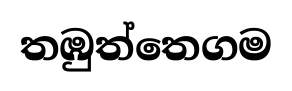
තඹුත්තෙගම